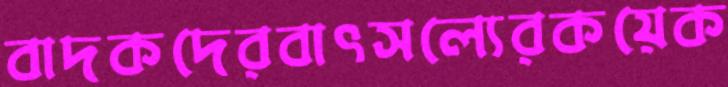
বাদকদেরবাৎসল্যেরকয়েক